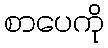
စာပေကို